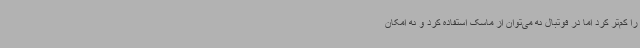
را کم‌تر کرد اما در فوتبال نه می‌توان از ماسک استفاده کرد و نه ‌امکان